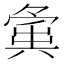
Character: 𡖸